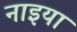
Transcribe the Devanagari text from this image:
नाइया